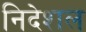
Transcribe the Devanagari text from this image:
निदेशल